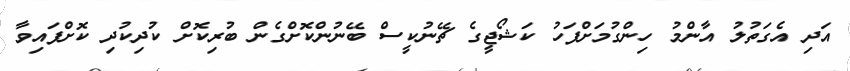
އަދި އެގަތުލު އާންމު ހިންގުމަށްފަހު ކަޝޯޖީގެ ޗޭނުކީސް ބޭނުންކޮށްގެން ބުރިކޮށް ކުދިކުދި ކޮށްފައިވާ